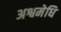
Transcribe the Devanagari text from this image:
अश्वमेधि